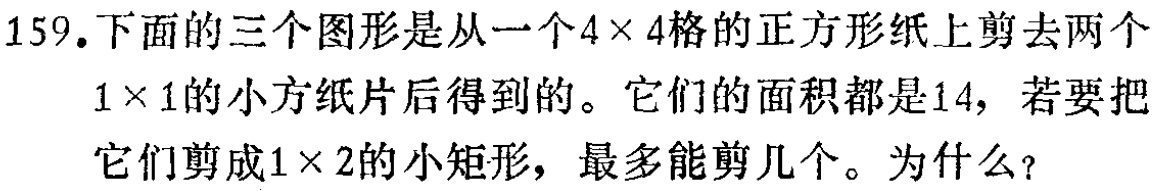
159.下面的三个图形是从一个\(4\times 4\)格的正方形纸上剪去两个\(1\times 1\)的小方纸片后得到的。它们的面积都是14，若要把它们剪成\(1\times 2\)的小矩形，最多能剪几个。为什么？